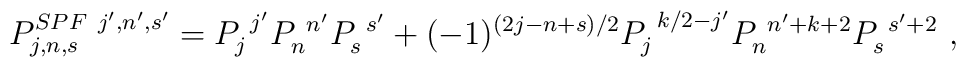
P^{SPF~j',n',s'}_{j,n,s} =  P_j^{~j'} P_n^{~n'} P_s^{~s'} + (-1)^{(2j-n+s)/2}    P_j^{~k/2-j'} P_n^{~n'+k+2} P_s^{~s'+2} ~,